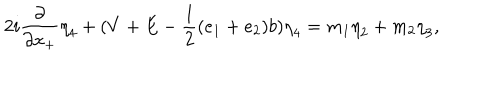
2 i \frac { \partial } { \partial x _ { + } } { \eta } _ { 4 } + ( V + E - \frac { 1 } { 2 } ( e _ { 1 } + e _ { 2 } ) b ) { \eta } _ { 4 } = m _ { 1 } { \eta } _ { 2 } + m _ { 2 } { \eta } _ { 3 } ,